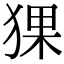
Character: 猓